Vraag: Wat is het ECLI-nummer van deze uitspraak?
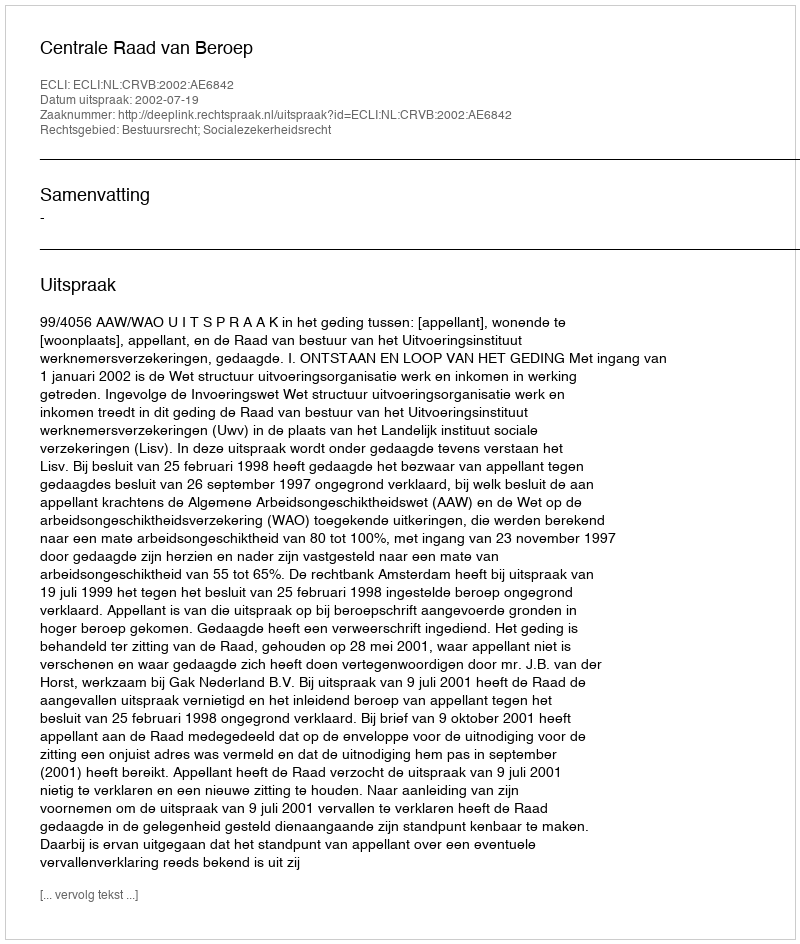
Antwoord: ECLI:NL:CRVB:2002:AE6842